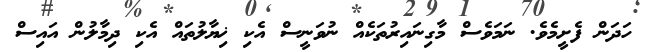
ހަދަން ފެށީމެވެ. ނަމަވެސް މާގިނައިރުތަކެއް ނުވަނީސް އެކި ޚިޔާލުތައް އެކި ދިމާލުން އައިސް